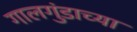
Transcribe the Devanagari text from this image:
गालगुंडाच्या